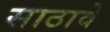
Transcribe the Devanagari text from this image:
साठावे